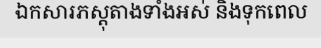
ឯកសារភស្តុតាងទាំងអស់ និងទុកពេល